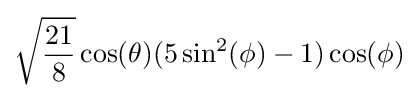
{\sqrt {21 \over {8}}}\cos(\theta )(5\sin ^{2}(\phi )-1)\cos(\phi )